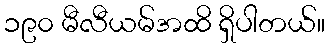
၁၉၀ မီလီယမ်အထိ ရှိပါတယ်။